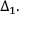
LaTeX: \Delta _ { 1 } .